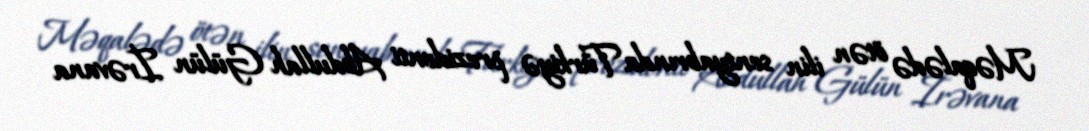
Məqalədə ötən ilin sentyabrında Türkiyə prezidenti Abdullah Gülün İrəvana